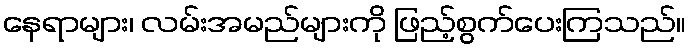
နေရာများ၊ လမ်းအမည်များကို ဖြည့်စွက်ပေးကြသည်။